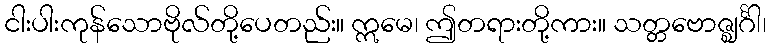
ငါးပါးကုန်သောဗိုလ်တို့ပေတည်း။ ဣမေ၊ ဤတရားတို့ကား။ သတ္တဗောဇ္ဈင်္ဂါ၊